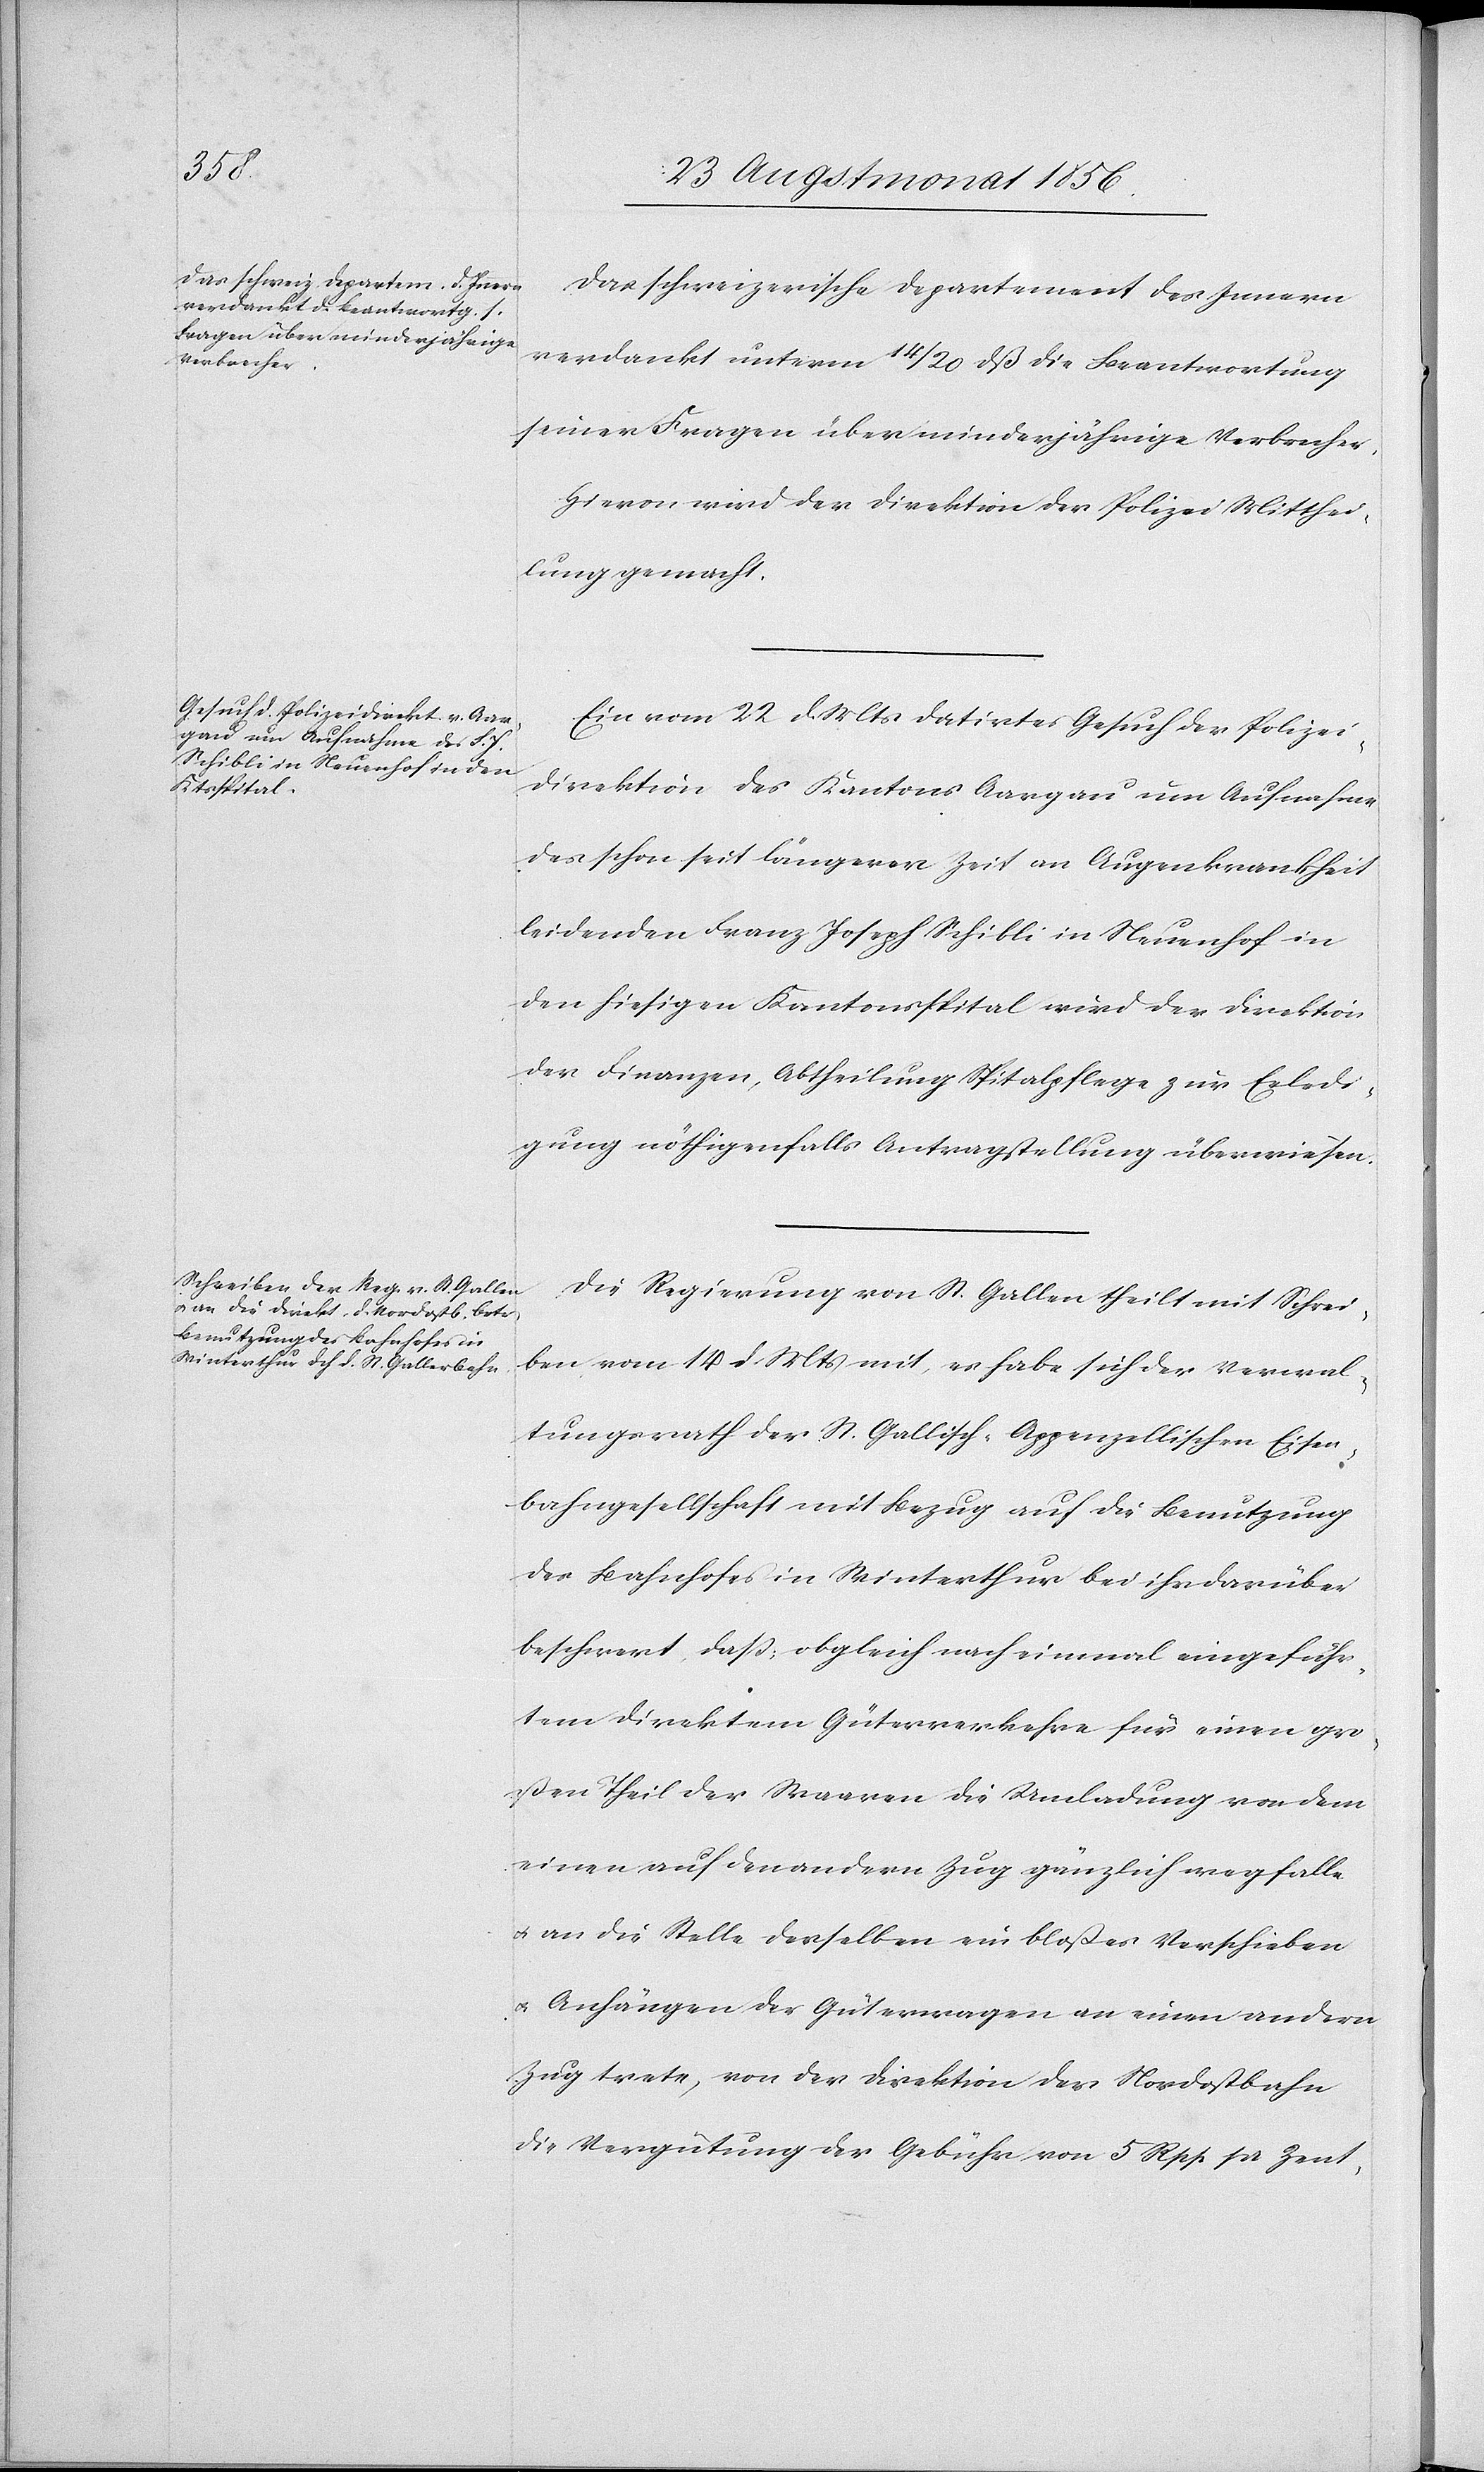
Das schweizerische Departement des Innern
verdankt unterm 14/20 dß die Beantwortung
seiner Fragen über minderjährige Verbrecher.
Hievon wird der Direktion der Polizei Mitthei¬
lung gemacht.
Ein vom 22 d. Mts datirtes Gesuch der Polizei¬
direktion des Kantons Aargau um Aufnahme
des schon seit längerer Zeit an Augenkrankheit
leidenden Franz Joseph Schibli in Neuenhof in
den hiesigen Kantonsspital wird der Direktion
der Finanzen, Abtheilung Spitalpflege zur Erledi¬
gung nöthigenfalls Antragstellung überwiesen.
Die Regierung von St. Gallen theilt mit Schrei¬
ben vom 14 d. Mts mit, es habe sich der Verwal¬
tungsrath der St. Gallisch-Appenzellischen Eisen¬
bahngesellschaft mit Bezug auf die Benutzung
des Bahnhofes in Winterthur bei ihr darüber
beschwert, dass: obgleich nach einmal eingeführ¬
tem direktem Güterverkehre für einen gro¬
ßen Theil der Waaren die Umladung von dem
einen auf den andern Zug gänzlich wegfalle
u. an die Stelle derselben ein bloßes Verschieben
u. Anhängen der Güterwagen an einen andern
Zug trete, von der Direktion der Nordostbahn
die Vergütung der Gebühr von 5 Rpp pr Zent-